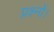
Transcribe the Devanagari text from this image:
प्रश्नों।